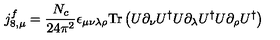
j _ { 8 , \mu } ^ { f } = \frac { N _ { c } } { 2 4 \pi ^ { 2 } } \epsilon _ { \mu \nu \lambda \rho } \mathrm { T r } \left( U \partial _ { \nu } U ^ { \dagger } U \partial _ { \lambda } U ^ { \dagger } U \partial _ { \rho } U ^ { \dagger } \right)